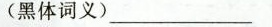
(黑体词义)___